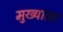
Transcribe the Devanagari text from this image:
मुख्यातर